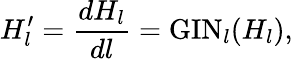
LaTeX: H_{l}^{\prime}=\frac{dH_{l}}{dl}=\mathrm{GIN}_{l}(H_{l}),